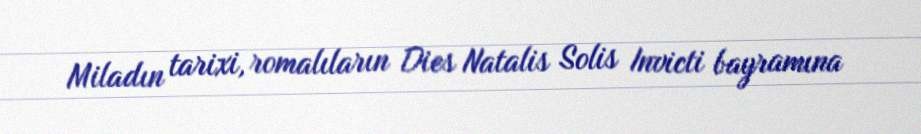
Miladın tarixi, romalıların Dies Natalis Solis Invicti bayramına